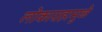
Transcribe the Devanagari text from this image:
लोकाग्रहामुळे